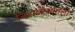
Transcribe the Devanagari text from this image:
निराळेपणाला